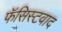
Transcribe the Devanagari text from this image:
फॅसिस्टवाद